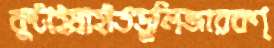
কুটাইয়াহাঁতডুলিজারকণ্